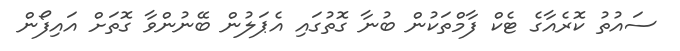
ސައުތު ކޮރެއާގެ ޓެކް ފާމްތަކުން ބުނާ ގޮތުގައި އެޕަލުން ބޭނުންވާ ގޮތަށް އައިފޯން